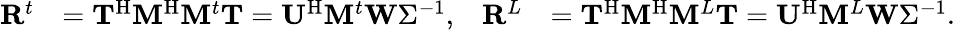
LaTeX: \begin{array}{rlrl}{\mathbf{R}^{t}}&{=\mathbf{T}^{\mathrm{H}}\mathbf{M}^{\mathrm{H}}\mathbf{M}^{t}\mathbf{T}=\mathbf{U}^{\mathrm{H}}\mathbf{M}^{t}\mathbf{W}\Sigma^{-1},}&{\mathbf{R}^{L}}&{=\mathbf{T}^{\mathrm{H}}\mathbf{M}^{\mathrm{H}}\mathbf{M}^{L}\mathbf{T}=\mathbf{U}^{\mathrm{H}}\mathbf{M}^{L}\mathbf{W}\Sigma^{-1}.}\end{array}